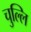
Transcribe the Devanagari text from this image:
चुल्लि